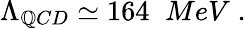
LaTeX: \Lambda_{\mathbb{Q}CD}\simeq164\; \; MeV\; .